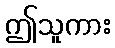
ဤသူကား